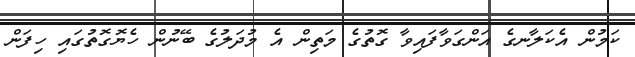
ކަމުން އެކަލާނގެ އަންގަވާފައިވާ ގޮތުގެ މަތިން އެ މުދަލުގެ ބޭނުން ހެޔޮގޮތުގައި ހިފަން